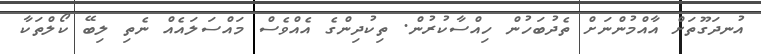
އުނދަގޫތަށް އާއްމުންނަށް ތެދުބަހުން ހިއްސާކުރުން. ތިކުދިންގެ އެއްވެސް މައްސަލައެއް ނެތި ލިބޭ ކޯލްތަކާ